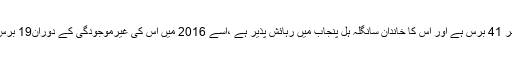
چودھری اخلاق حسین کی عمر 41 برس ہے اور اس کا خاندان سانگلہ ہل پنجاب میں رہائش پذیر ہے ،اسے 2016 میں اس کی غیرموجودگی کے دوران19 برس قید کی سزا سنائی گئی تھی۔